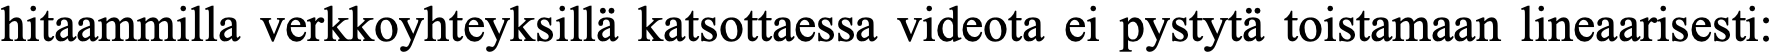
hitaammilla verkkoyhteyksillä katsottaessa videota ei pystytä toistamaan lineaarisesti: